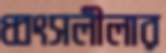
ধ্বংসলীলার